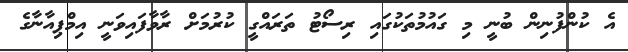
އެ ކުންފުނިން ބުނީ މި ގައުމުތަކުގައި ރިސޯޓު ތަރައްގީ ކުރުމަށް ރާވާފައިވަނީ އިމްޕިއާނާގެ